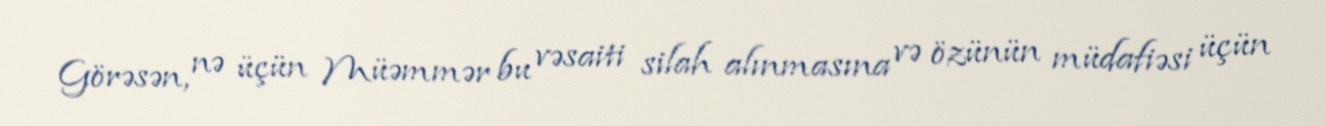
Görəsən, nə üçün Müəmmər bu vəsaiti silah alınmasına və özünün müdafiəsi üçün